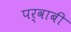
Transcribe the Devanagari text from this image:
पर्वाबी